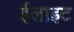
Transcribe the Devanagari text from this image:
ईलाइट